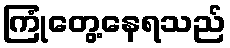
ကြုံတွေ့နေရသည်